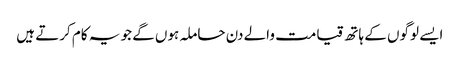
ایسے لوگوں کے ہاتھ قیامت والے دن حاملہ ہوں گے جو یہ کام کرتے ہیں